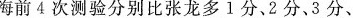
海前4次测验分别比张龙多l分、2分。3分、